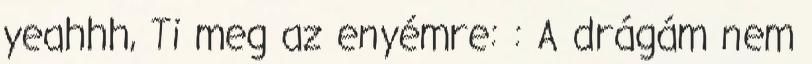
yeahhh, Ti meg az enyémre: : A drágám nem